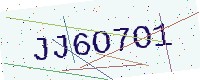
Text: JJ6O7O1